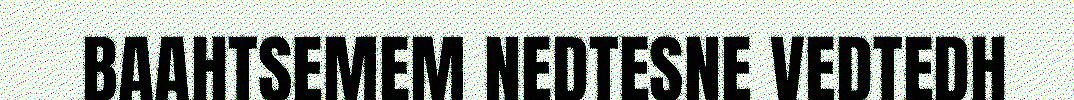
BAAHTSEMEM NEDTESNE VEDTEDH